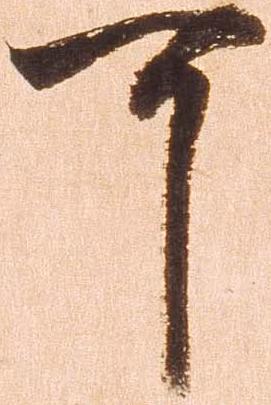
可